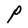
Character: P